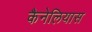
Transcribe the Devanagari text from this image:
कैनेलियास